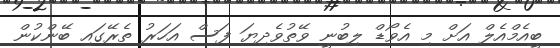
ބީއެމްއެލް އަށް މި އެވޯޑް ލިބުނީ ވޭތުވެދިޔަ ފަސް އަހަރު ތެރޭގައި ބޭންކުން